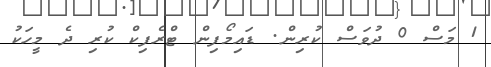
1 މަސް 0 ދުވަސް ކުރިން. ޑައިމޯފިން ޓްރެފިކް ކުރި ދެ މީހަކު